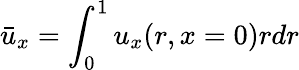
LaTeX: \bar{u}_{x}=\int_{0}^{1}u_{x}(r,x=0)rdr